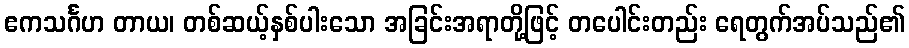
ဧကသင်္ဂဟ တာယ၊ တစ်ဆယ့်နှစ်ပါးသော အခြင်းအရာတို့ဖြင့် တပေါင်းတည်း ရေတွက်အပ်သည်၏